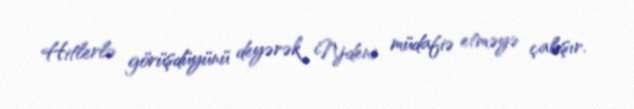
Hitlerlə görüşdüyünü deyərək Njdeni müdafiə etməyə çalışır.